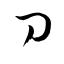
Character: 刀